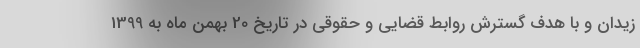
زیدان و با هدف گسترش روابط قضایی و حقوقی در تاریخ 20 بهمن ماه به 1399